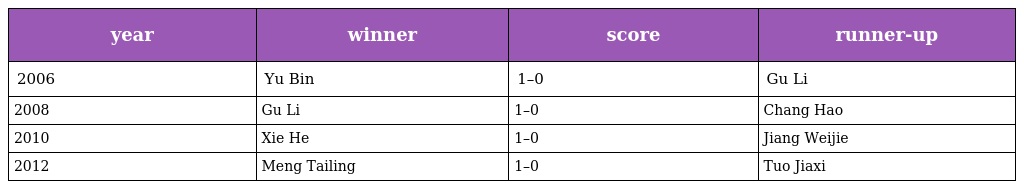
| year | winner | score | runner-up |
 | --- | --- | --- | --- |
 | 2006 | Yu Bin | 1–0 | Gu Li |
 | 2008 | Gu Li | 1–0 | Chang Hao |
 | 2010 | Xie He | 1–0 | Jiang Weijie |
 | 2012 | Meng Tailing | 1–0 | Tuo Jiaxi |